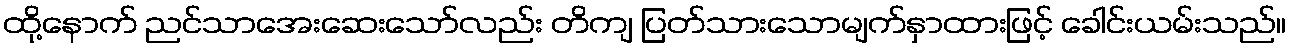
ထို့နောက် ညင်သာအေးဆေးသော်လည်း တိကျ ပြတ်သားသောမျက်နှာထားဖြင့် ခေါင်းယမ်းသည်။